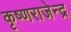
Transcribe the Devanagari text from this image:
कृष्णराजेन्द्र